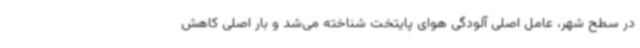
در سطح شهر، عامل اصلی آلودگی هوای پایتخت شناخته می‌شد و بار اصلی کاهش